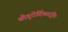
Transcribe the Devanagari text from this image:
श्रीगुरोर्दिव्यदृष्टिः